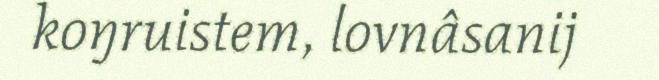
koŋruistem, lovnâsanij